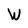
Character: W